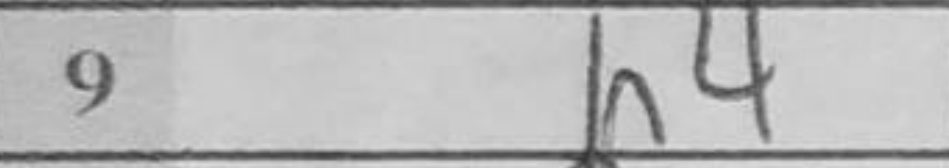
Transcription: h4